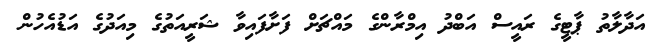
އަދާލާތު ޕާޓީގެ ރައީސް އަބްދު އިމްރާންގެ މައްޗަށް ފަށާފައިވާ ޝަރީއަތުގެ މިއަދުގެ އަޑުއެހުން